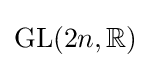
\mathrm {GL} (2n,\mathbb {R} )